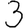
Digit: 3